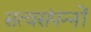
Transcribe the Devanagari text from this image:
सत्वसंपन्नों